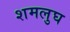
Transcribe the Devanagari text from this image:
शमलुघ